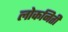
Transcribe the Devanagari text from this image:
लोकनिती